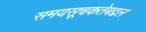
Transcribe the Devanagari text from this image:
समयसूचकतेबद्दल